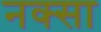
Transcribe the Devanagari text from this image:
नक्सा